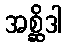
အစ္ဆိဒါ